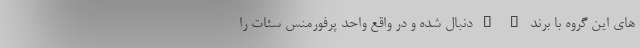
های این گروه با برند " " دنبال شده و در واقع واحد پرفورمنس سئات را